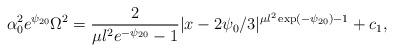
LaTeX: \begin{align*}\alpha_0^2 e^{\psi_{20}} \Omega^2=\frac{2}{\mu l^2 e^{-\psi_{20}}-1}| x-2 \psi_0 /3|^{\mu l^2 \exp(-\psi_{20})-1}+c_1 ,\end{align*}